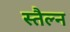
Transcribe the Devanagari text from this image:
स्तैल्न